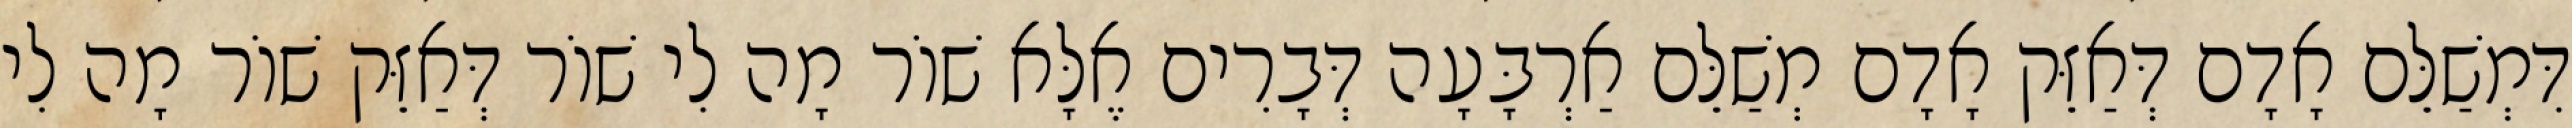
דִּמְשַׁלֵּם אָדָם דְּאַזֵּק אָדָם מְשַׁלֵּם אַרְבָּעָה דְּבָרִים אֶלָּא שׁוֹר מָה לִי שׁוֹר דְּאַזֵּק שׁוֹר מָה לִי